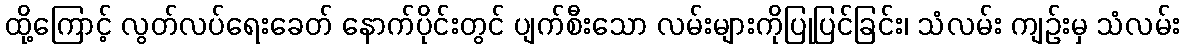
ထို့ကြောင့် လွတ်လပ်ရေးခေတ် နောက်ပိုင်းတွင် ပျက်စီးသော လမ်းများကိုပြုပြင်ခြင်း၊ သံလမ်း ကျဉ်းမှ သံလမ်း